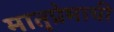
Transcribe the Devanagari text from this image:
मातृप्रेमाची